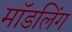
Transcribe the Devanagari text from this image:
मॉडलिंग